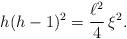
LaTeX: \begin{align*}h(h-1)^2=\frac{\ell^2}{4}\,\xi^2.\end{align*}